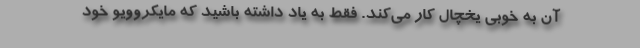
آن به خوبی یخچال کار می‌کند. فقط به یاد داشته باشید که مایکروویو خود